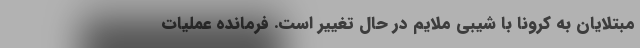
مبتلایان به کرونا با شیبی ملایم‌ در حال تغییر است. فرمانده عملیات